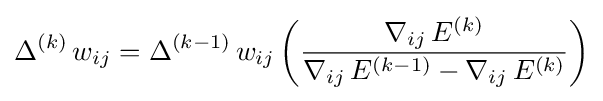
\Delta ^{(k)}\,w_{ij}=\Delta ^{(k-1)}\,w_{ij}\left({\frac {\nabla _{ij}\,E^{(k)}}{\nabla _{ij}\,E^{(k-1)}-\nabla _{ij}\,E^{(k)}}}\right)